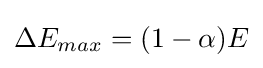
\Delta E_{max}=(1-\alpha )E